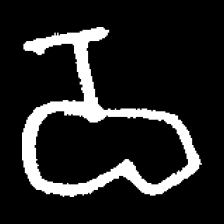
Pyu character \u2014 Myanmar letter: ဝ (romanized: wa)